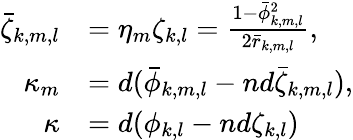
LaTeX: \begin{array}{rl}{\bar{\zeta}_{k,m,l}}&{=\eta_{m}\zeta_{k,l}=\frac{1-\bar{\phi}_{k,m,l}^{2}}{2\bar{r}_{k,m,l}},}\\ {\kappa_{m}}&{=d(\bar{\phi}_{k,m,l}-nd\bar{\zeta}_{k,m,l}),}\\ {\kappa}&{=d({\phi}_{k,l}-nd\zeta_{k,l})}\end{array}